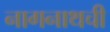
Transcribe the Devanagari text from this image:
नागनाथची